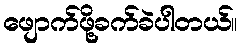
ဖျောက်ဖို့ခက်ခဲပါတယ်။